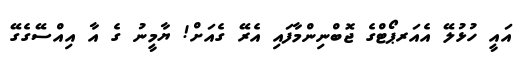
އައީ ހުޅުލޭ އެއަރޕޯޓްގެ ޖޮބްްނިންމާފައި އެރޭ ގެއަށް! ޔާމީނު ގެ އާ އިއްސޭގެގޭ